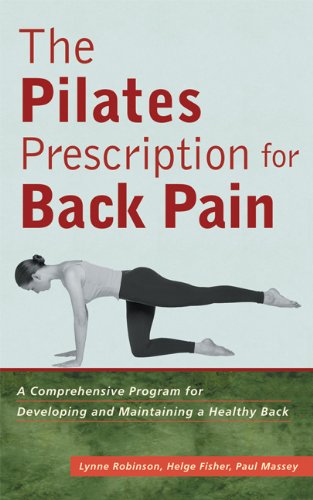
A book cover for The Pilates Prescription for Back Pain: A Comprehensive Program for Developing and Maintaining a Healthy Back; Lynne Robinson; Health, Fitness & Dieting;